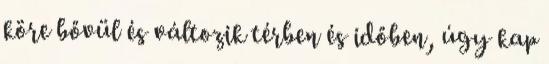
köre bővül és változik térben és időben, úgy kap